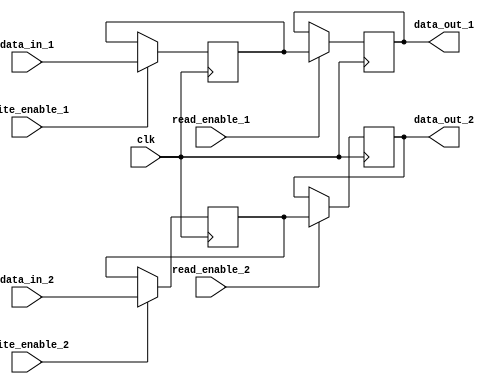
module dual_port_register (
  input wire clk,
  input wire [7:0] data_in_1,
  input wire [7:0] data_in_2,
  input wire write_enable_1,
  input wire write_enable_2,
  input wire read_enable_1,
  input wire read_enable_2,
  output reg [7:0] data_out_1,
  output reg [7:0] data_out_2
);

reg [7:0] reg_1;
reg [7:0] reg_2;

always @ (posedge clk) begin
  if (write_enable_1) begin
    reg_1 <= data_in_1;
  end
  if (write_enable_2) begin
    reg_2 <= data_in_2;
  end
end

always @ (posedge clk) begin
  if (read_enable_1) begin
    data_out_1 <= reg_1;
  end
  if (read_enable_2) begin
    data_out_2 <= reg_2;
  end
end

endmodule